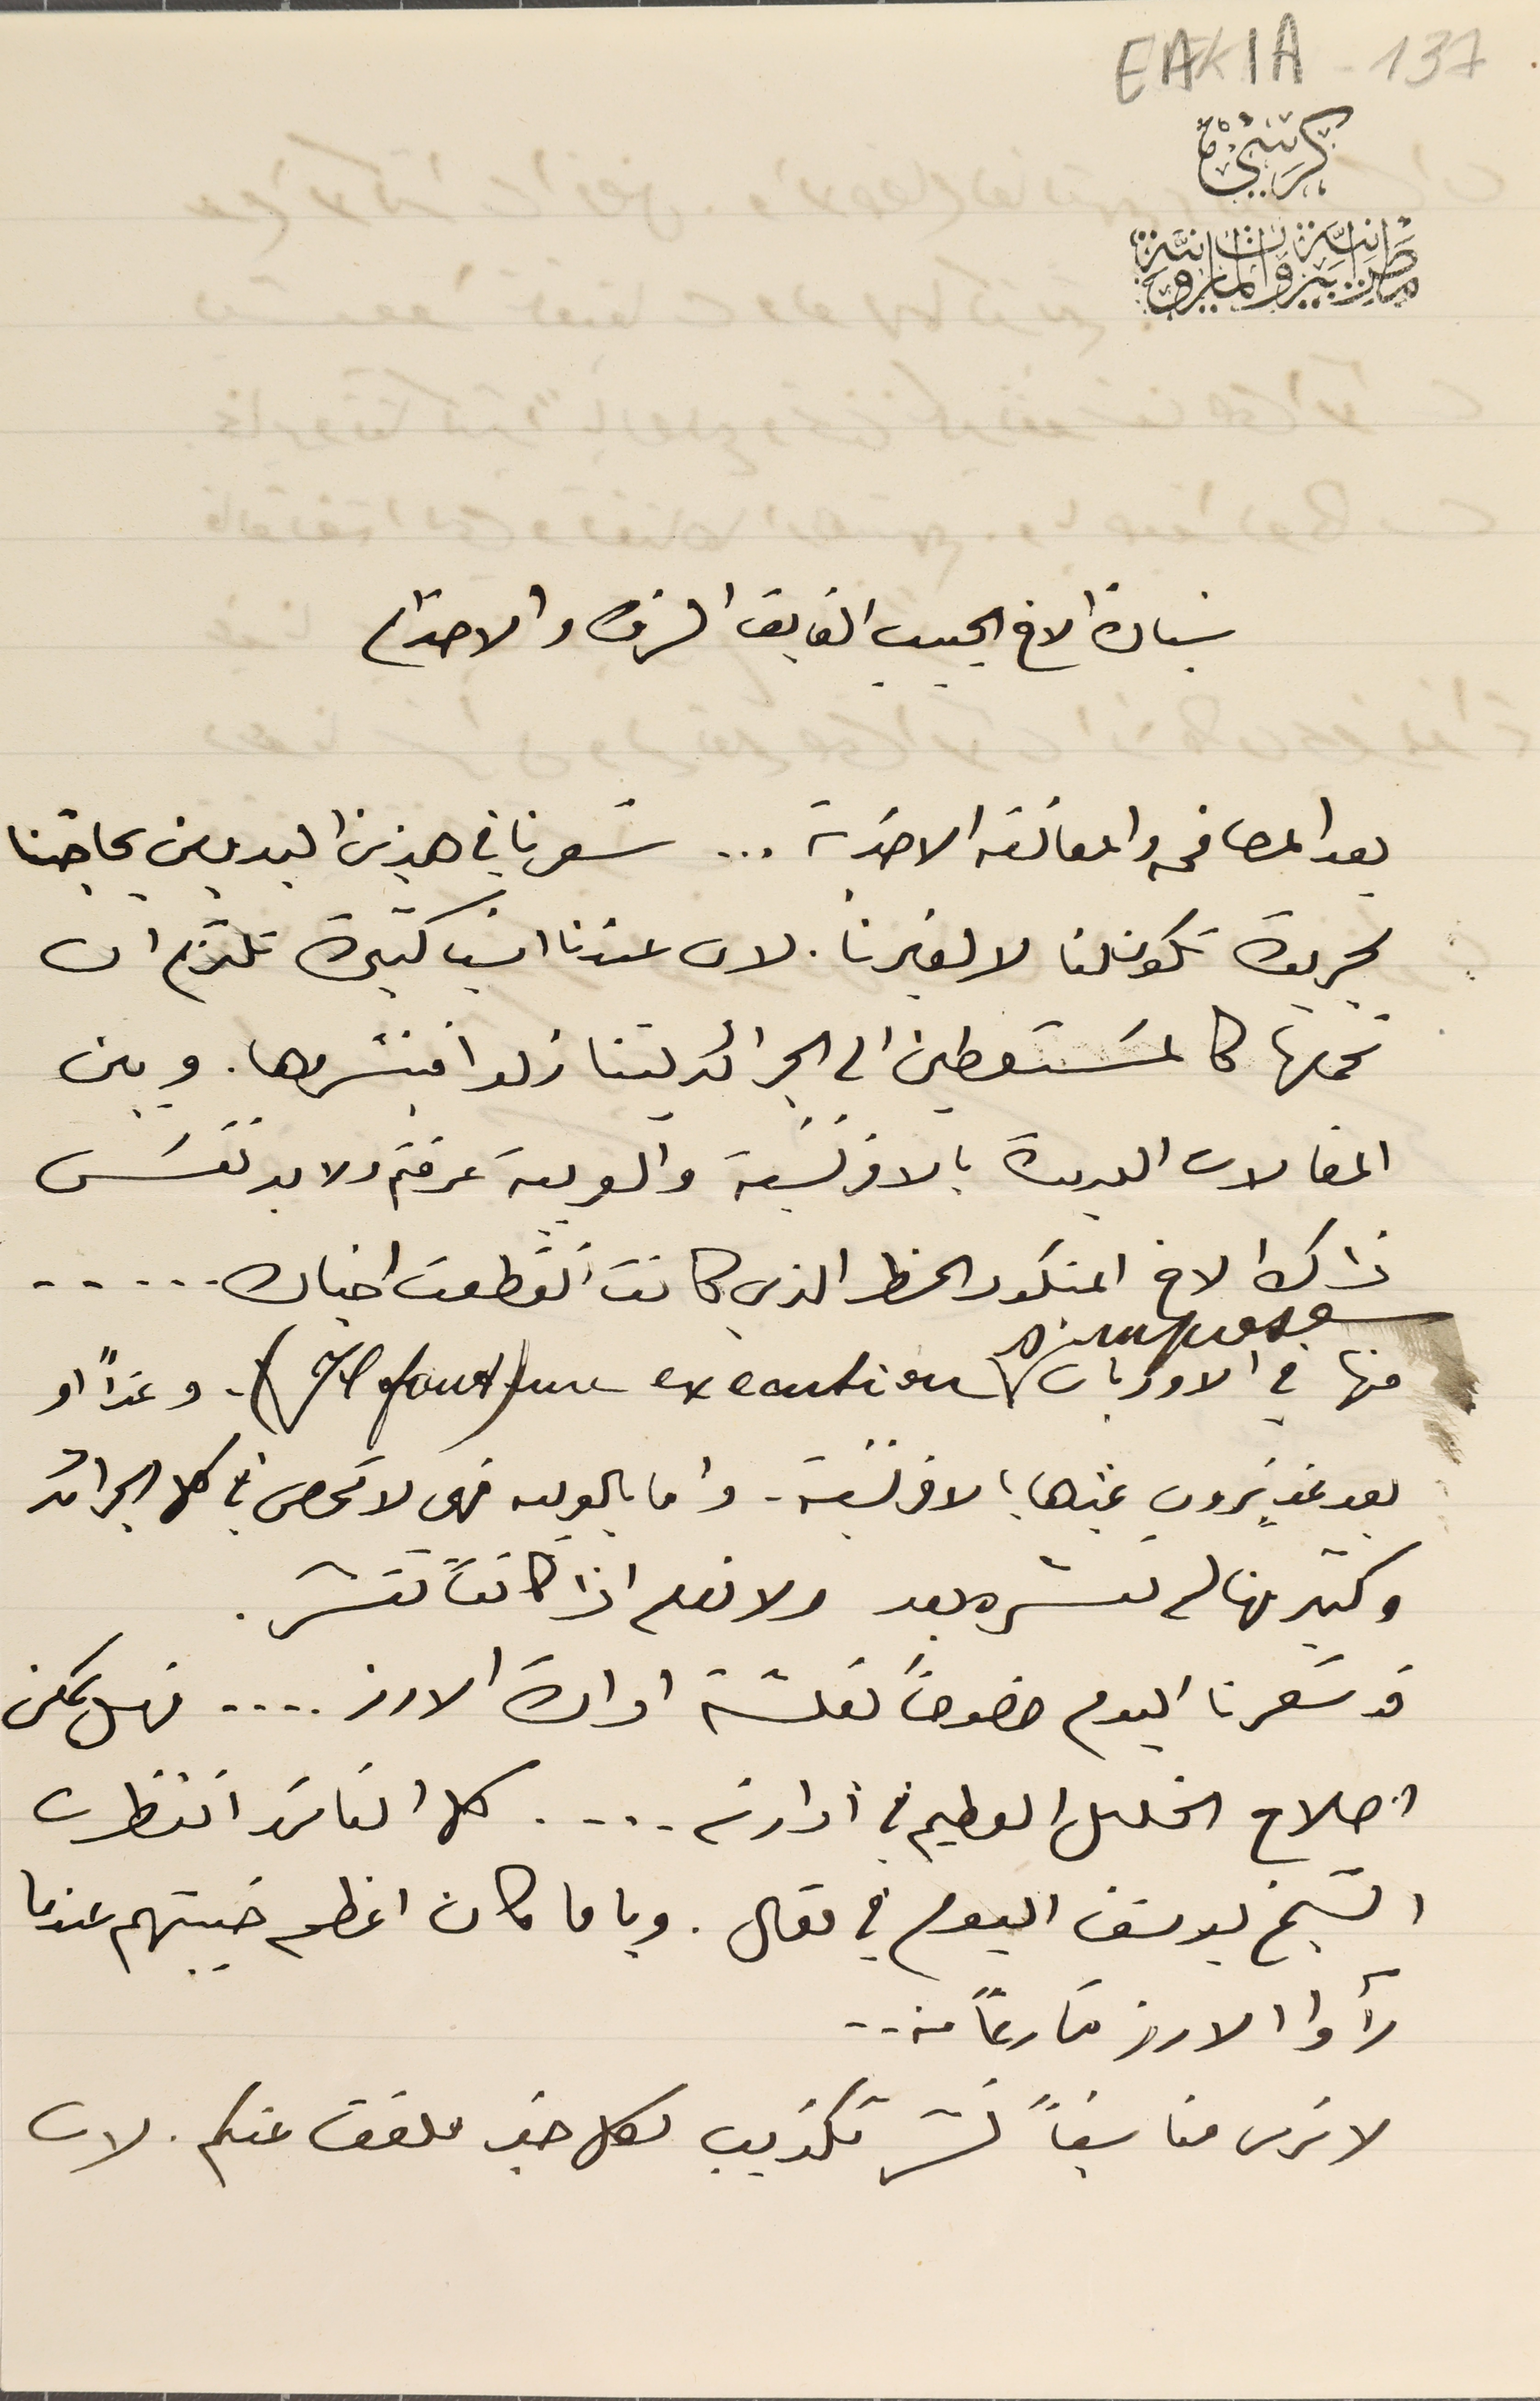
EAK1A-137
مَطرَانيَّة بَيروت المارونيَّة
سَيادة الاخ الحبيب الفايق الشرف والاحترام
بعد المصافحه والمعانقه الاخوية . . . شعرنا في هذين اليومين بحاجتنا
لجريدة تكون لنا لا لغيرنا. لان عندنا اشيا كثيرة نلتزم ان
نحملها كالمسَتعطين الى الجرائد ليتنازلوا فينشروها. وبين
 المقالات العديدة بالافرنسَية والعربية عرفتم ولا بد نفسَ
ذاك الاخ المنكور الخط الذي كانت انقطعت اخباره . . . . .
منها في الاوريان
بعد غدٍ ترون غيرها بالافرنسية. واما بالعربيه فهي لا تحصى في كل الجرائد
 وكثير منها لم ننشره بعد ولا نعلم اذا كانت تنشر.
قد شعرنا اليوم خصوصاً لعلّة ادارة الارز . . . . فهل يمكن
اصلاح الخلىل العطيم في ادارته . . . . كل الناسَ انتظرت
 الشيخ يوسف اليوم في مقال. ويا ما كان اعظم خيبتهم عندما
 رأوا الارز فارغاً منه . .
 لا نرى مناسَباً نشر تكذيب لكل خبر ملفق عنكم. لان
كرسي
s'impose
وغداً او
 Il faut) une execution) -